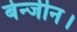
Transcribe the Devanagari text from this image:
बेन्जीन।